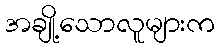
အချို့သောလူများက